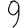
Digit: 9